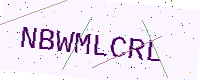
Text: NBWMLCRL